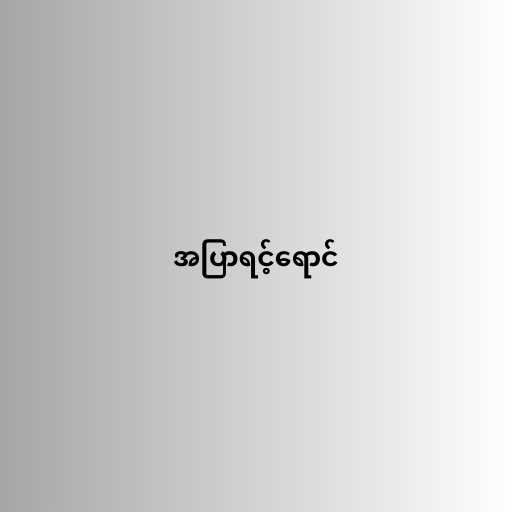
အပြာရင့်ရောင်